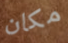
مكان